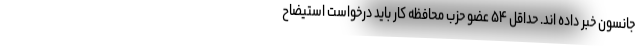
جانسون خبر داده اند. حداقل ۵۴ عضو حزب محافظه کار باید درخواست استیضاح